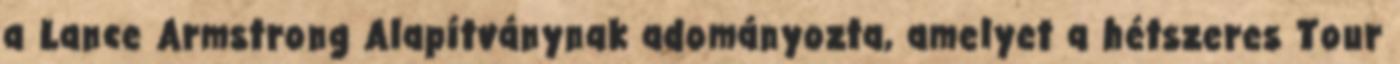
a Lance Armstrong Alapítványnak adományozta, amelyet a hétszeres Tour